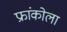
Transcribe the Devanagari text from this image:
फ्रांकोला